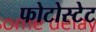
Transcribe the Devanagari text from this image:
फोटोस्टेट